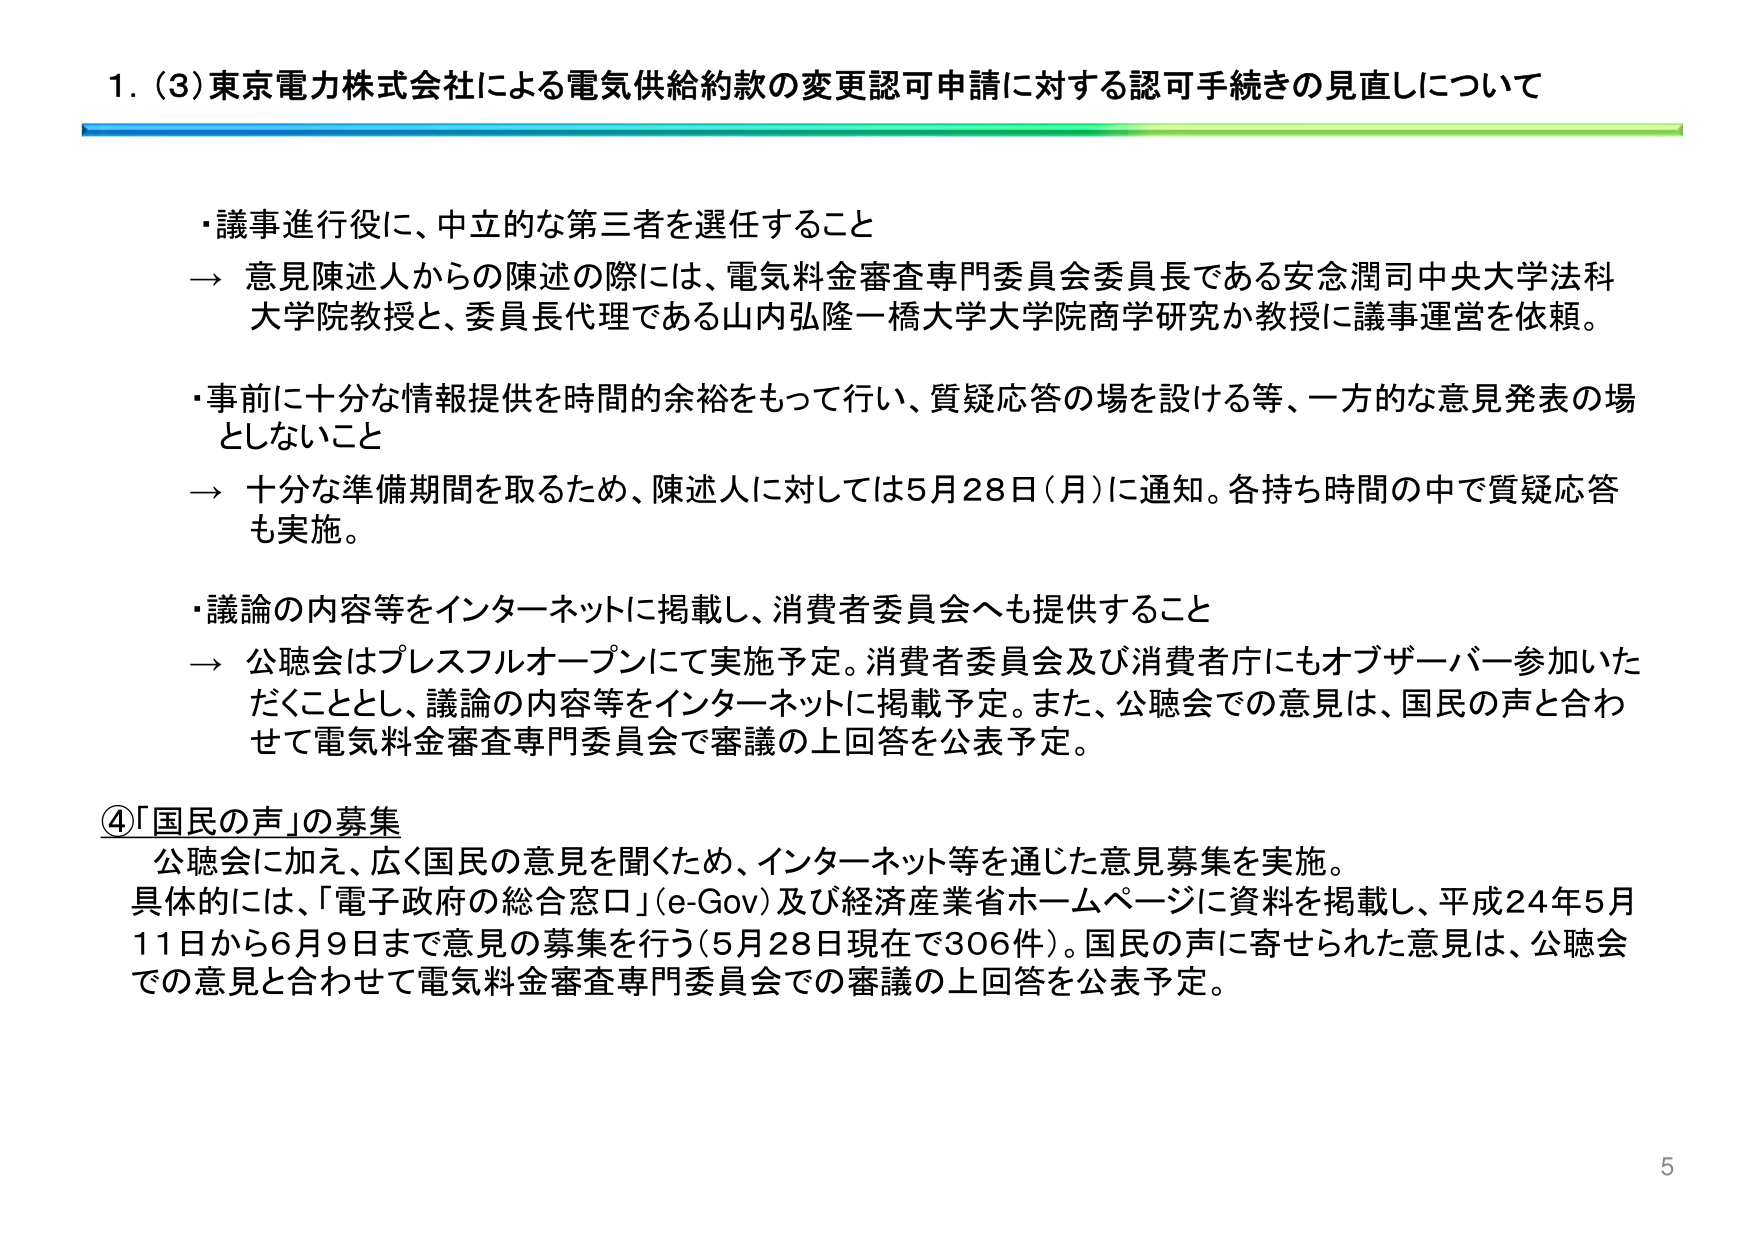
1. (3) 東京電力株式会社による電気供給約款の変更認可申請に対する認可手続きの見直しについて

・議事進行役に、中立的な第三者を選任すること
→ 意見陳述人からの陳述の際には、電気料金審査専門委員会委員長である安念潤司中央大学法科大学院教授と、委員長代理である山内弘隆一橋大学大学院商学研究か教授に議事運営を依頼。

・事前に十分な情報提供を時間的余裕をもって行い、質疑応答の場を設ける等、一方的な意見発表の場としないこと
→ 十分な準備期間を取るため、陳述人に対しては5月28日（月）に通知。各持ち時間の中で質疑応答も実施。

・議論の内容等をインターネットに掲載し、消費者委員会へも提供すること
→ 公聴会はプレスフルオープンにて実施予定。消費者委員会及び消費者庁にもオブザーバー参加いただくこととし、議論の内容等をインターネットに掲載予定。また、公聴会での意見は、国民の声と合わせて電気料金審査専門委員会で審議の上回答を公表予定。

④「国民の声」の募集
公聴会に加え、広く国民の意見を聞くため、インターネット等を通じた意見募集を実施。
具体的には、「電子政府の総合窓口」（e-Gov）及び経済産業省ホームページに資料を掲載し、平成24年5月11日から6月9日まで意見の募集を行う（5月28日現在で306件）。国民の声に寄せられた意見は、公聴会での意見と合わせて電気料金審査専門委員会での審議の上回答を公表予定。

5